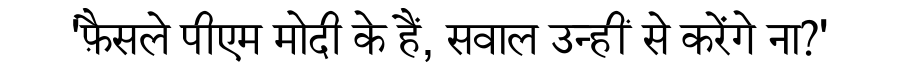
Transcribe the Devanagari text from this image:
'फ़ैसले पीएम मोदी के हैं, सवाल उन्हीं से करेंगे ना?'